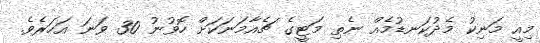
މިއީ މަނިކު މެދުކަނޑުމެއް ނެތި މަޓީގެ ޗެއާމަނަކަށް ހޮވުނު 30 ވަނަ އަހަރެވެ.